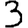
Digit: 3